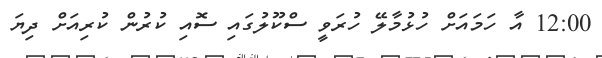
12:00 އާ ހަމައަށް ހުޅުމާލޭ ހުރަވީ ސްކޫލުގައި ސޮއި ކުރުން ކުރިއަށް ދިޔަ